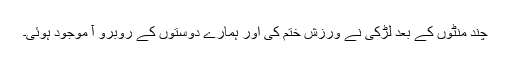
چند منٹوں کے بعد لڑکی نے ورزش ختم کی اور ہمارے دوستوں کے روبرو آ موجود ہوئی۔